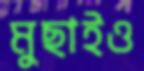
মুছাইও